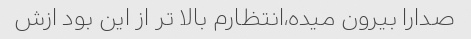
صدارا بیرون میده،انتظارم بالا تر از این بود ازش